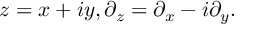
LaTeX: z = x + i y , \partial _ { z } = \partial _ { x } - i \partial _ { y } .